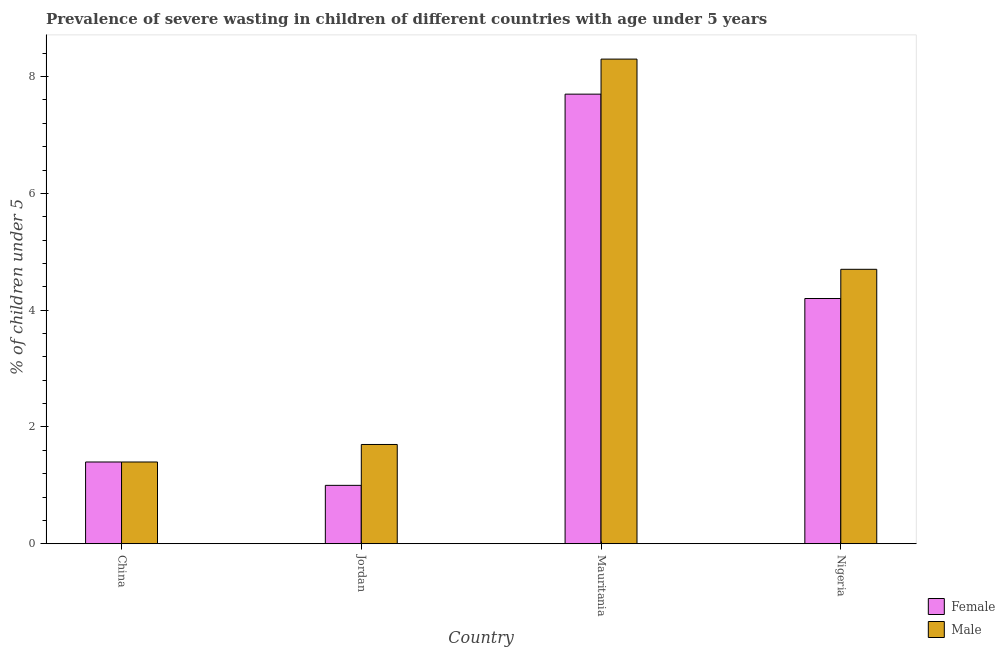
| Country | Female | Male |
 | --- | --- | --- |
 | China | 1.4 | 1.4 |
 | Jordan | 1 | 1.7 |
 | Mauritania | 7.7 | 8.3 |
 | Nigeria | 4.2 | 4.7 |